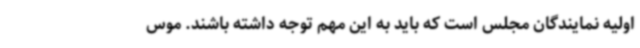
اولیه نمایندگان مجلس است که باید به این مهم توجه داشته باشند. موس